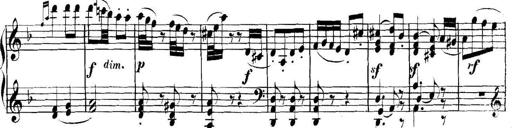
Title: Collected Piano Sonatas
Composer: Muzio Clementi